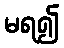
မရ၍